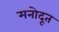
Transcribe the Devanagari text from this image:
मनोदूत